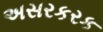
અસરકરક